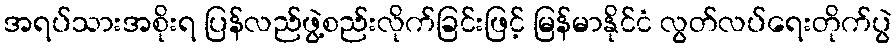
အရပ်သားအစိုးရ ပြန်လည်ဖွဲ့စည်းလိုက်ခြင်းဖြင့် မြန်မာနိုင်ငံ လွတ်လပ်ရေးတိုက်ပွဲ